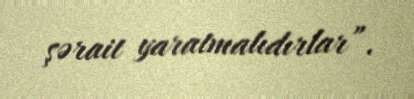
şərait yaratmalıdırlar”.